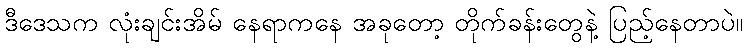
ဒီဒေသက လုံးချင်းအိမ် နေရာကနေ အခုတော့ တိုက်ခန်းတွေနဲ့ ပြည့်နေတာပဲ။